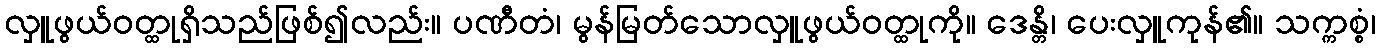
လှူဖွယ်ဝတ္ထုရှိသည်ဖြစ်၍လည်း။ ပဏီတံ၊ မွန်မြတ်သောလှူဖွယ်ဝတ္ထုကို။ ဒေန္တိ၊ ပေးလှူကုန်၏။ သက္ကစ္စံ၊